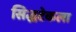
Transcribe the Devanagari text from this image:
सिद्धटेकला